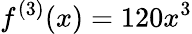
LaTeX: f^{(3)}(x)=120x^{3}